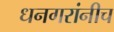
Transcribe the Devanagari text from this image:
धनगरांनीच